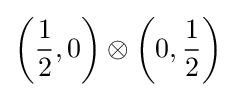
\left({\frac {1}{2}},0\right)\otimes \left(0,{\frac {1}{2}}\right)